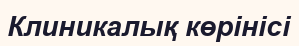
Клиникалық көрінісі